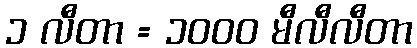
၁ လီတာ = ၁၀၀၀ မီလီလီတာ